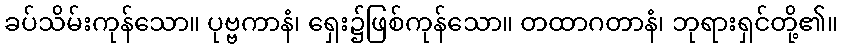
ခပ်သိမ်းကုန်သော။ ပုဗ္ဗကာနံ၊ ရှေး၌ဖြစ်ကုန်သော။ တထာဂတာနံ၊ ဘုရားရှင်တို့၏။